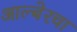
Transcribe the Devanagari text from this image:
आल्बेरचा